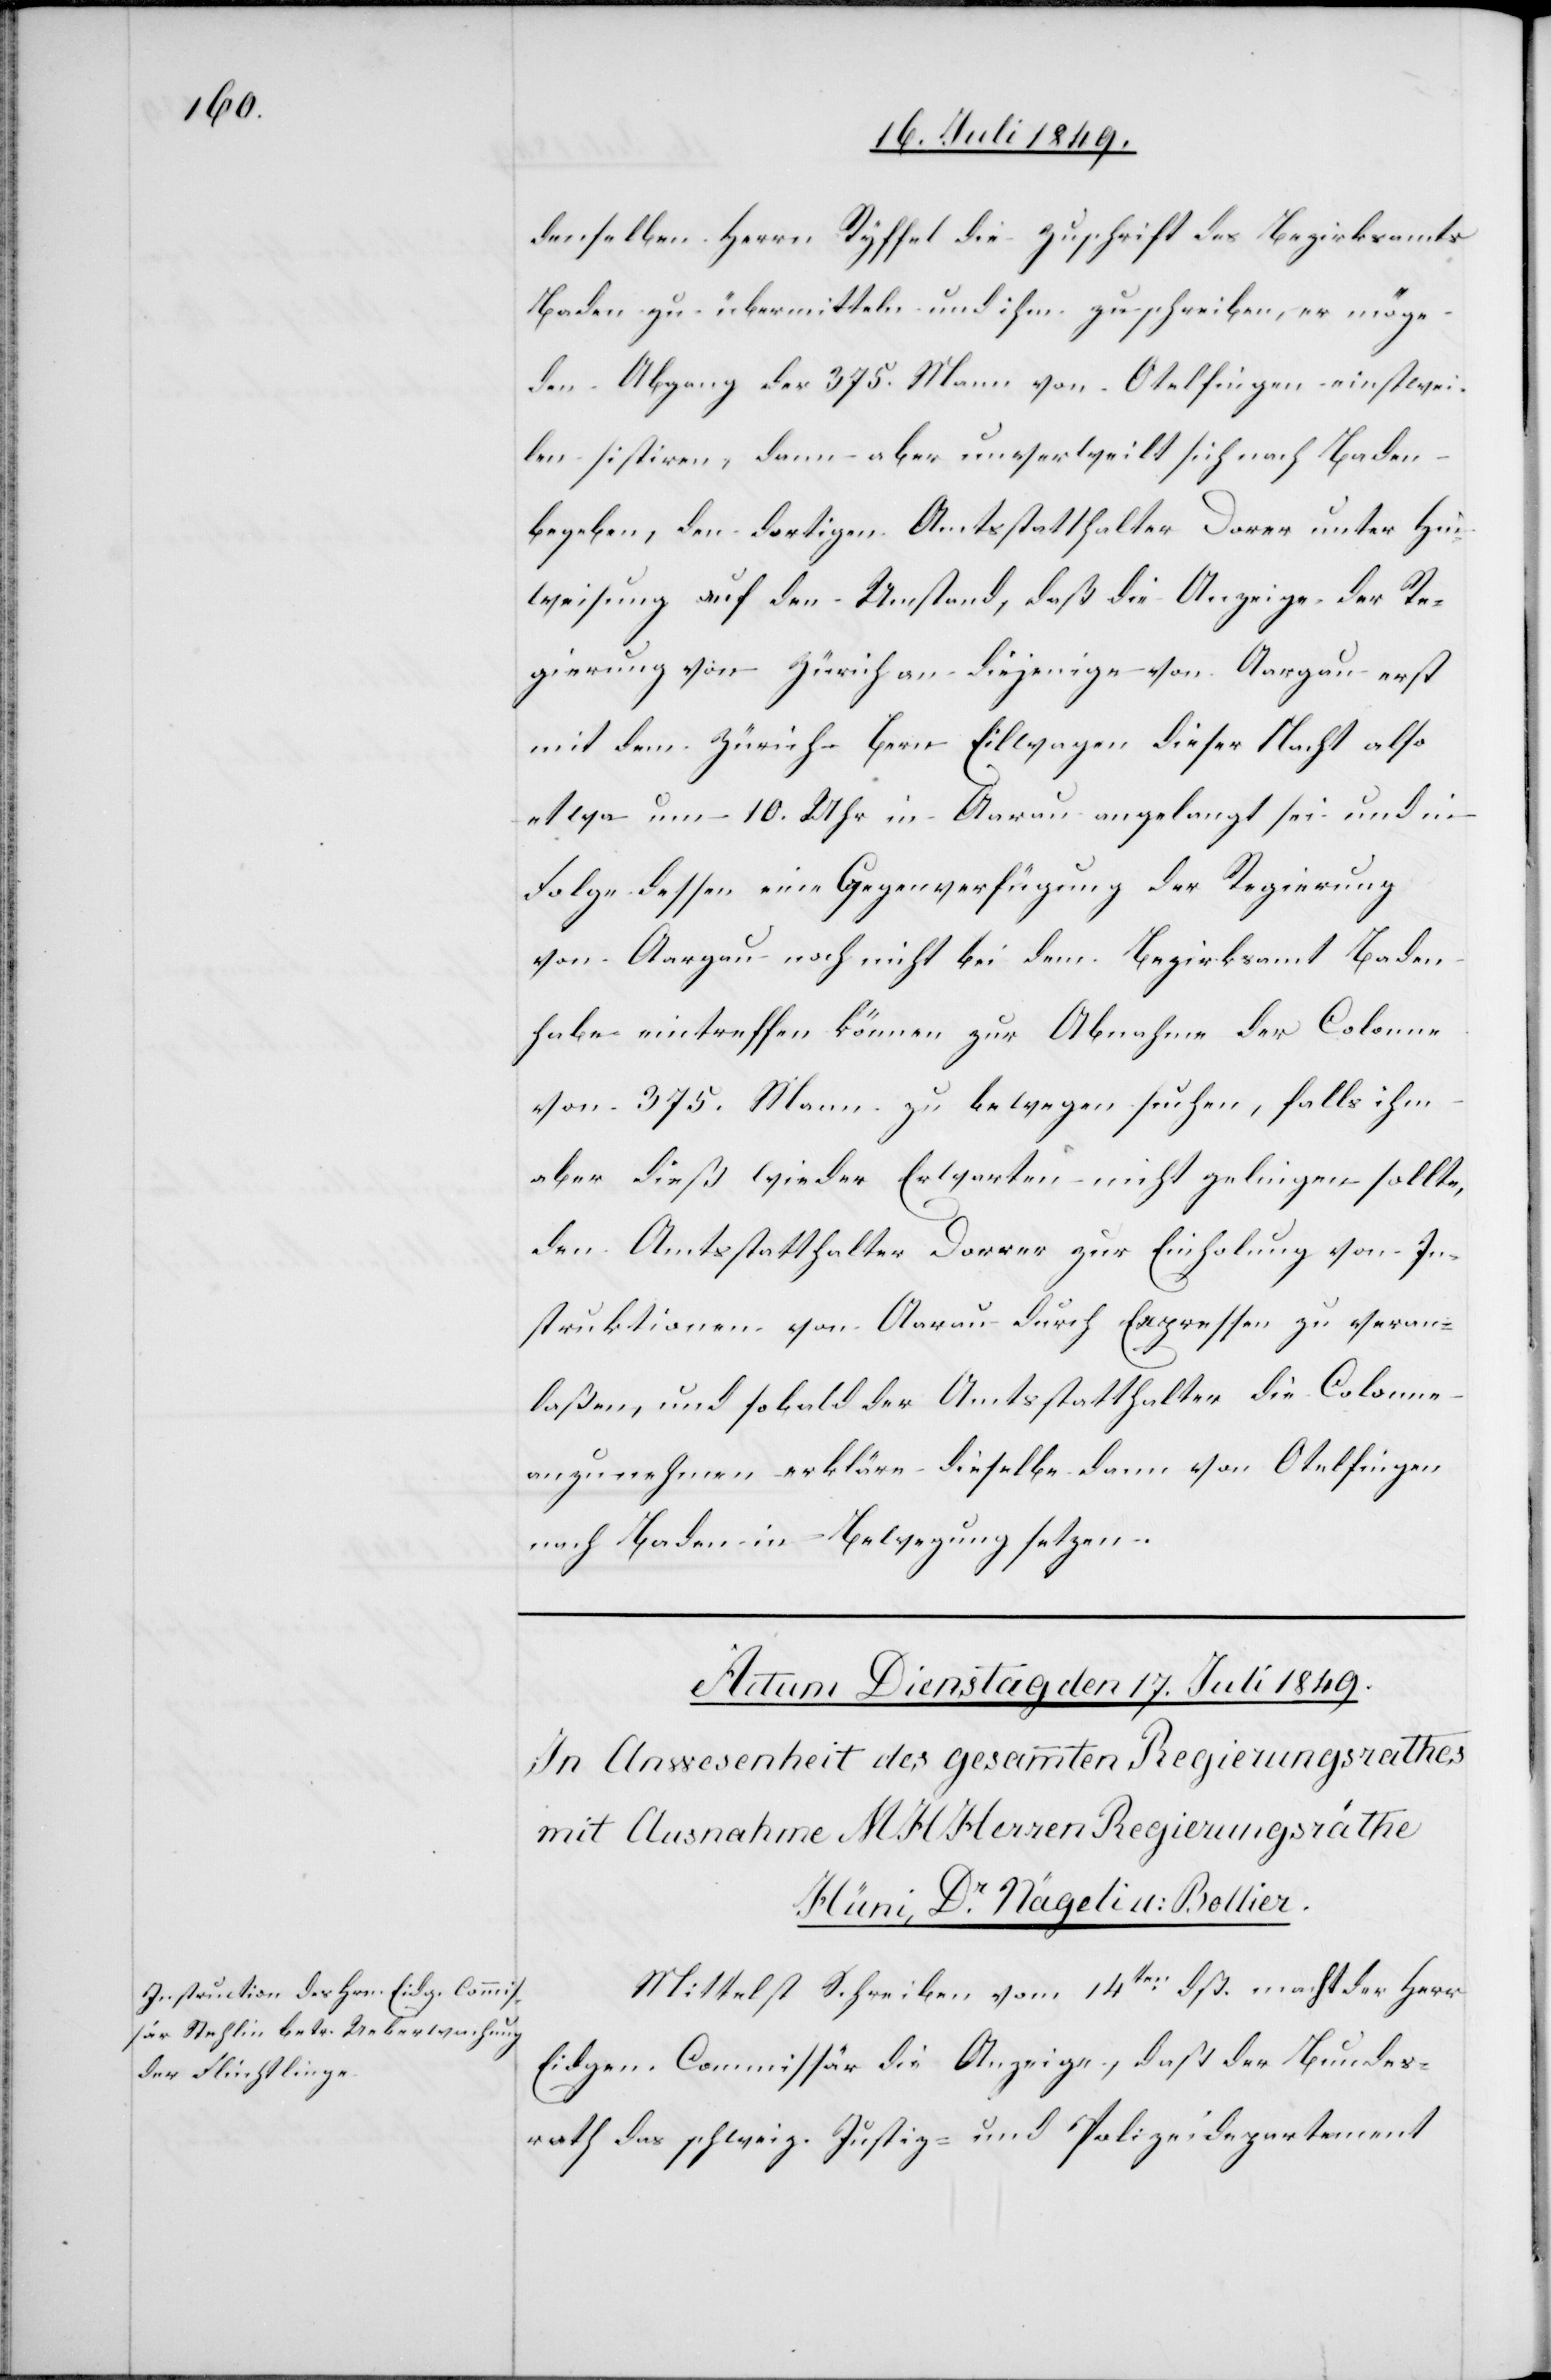
denselben Herrn Ryffel die Zuschrift des Bezirksamts
Baden zu übermitteln und ihm zu schreiben, er möge
den Abgang der 375. Mann von Otelfingen einstwei¬
len sistiren, dann aber unverweilt sich nach Baden
begeben, den dortigen Amtsstatthalter Dorer [sic!] unter Hin¬
weisung auf den Umstand, daß die Anzeige der Re¬
gierung von Zürich an diejenige von Aargau erst
mit dem Zürich-Bern Eilwagen dieser Nacht also
etwa um 10. Uhr in Aarau angelangt sei und in
Folge dessen eine Gegenverfügung der Regierung
von Aargau noch nicht bei dem Bezirksamt Baden
habe eintreffen können zur Abnahme der Colonne
von 375. Mann zu bewegen suchen, falls ihm
aber dieß wieder Erwarten nicht gelingen sollte,
den Amtsstatthalter Dorrer zur Einholung von In¬
struktionen von Aarau durch Expressen zu veran¬
laßen, und sobald der Amtsstatthalter die Colonne
anzunehmen erkläre dieselbe dann von Otelfingen
nach Baden in Bewegung setzen.
Mittelst Schreiben vom 14ten dß. macht der Herr
Eidgen. Commissär die Anzeige, daß der Bundes¬
rath das schweiz. Justiz- und Polizeidepartement